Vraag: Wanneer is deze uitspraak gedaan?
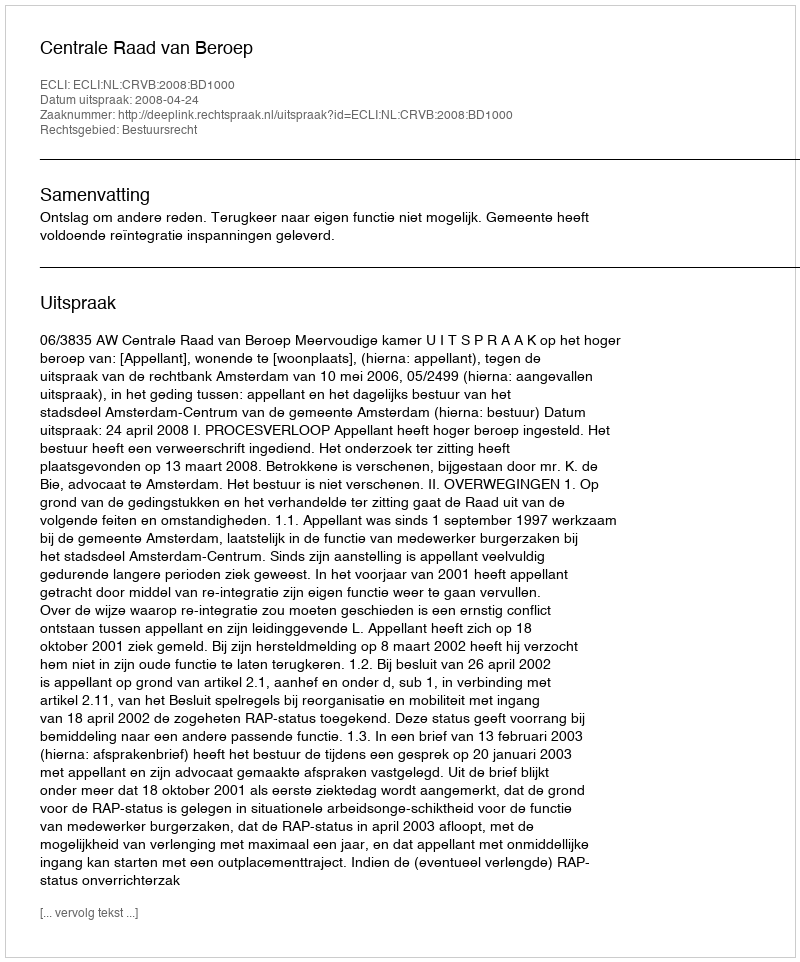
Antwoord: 2008-04-24